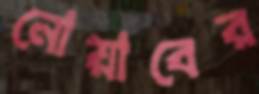
নোয়াবের